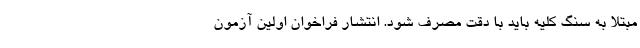
مبتلا به سنگ کلیه باید با دقت مصرف شود. انتشار فراخوان اولین آزمون